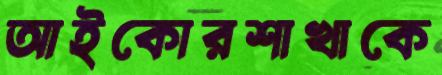
আইকোরশাখাকে